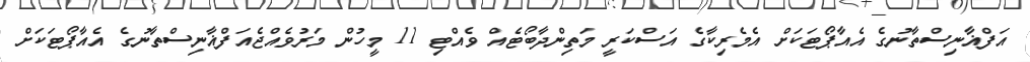
އަފްޣާނިސްތާނުގެ އެއާޕޯޓަކަށް އެމެރިކާގެ އަސްކަރީ މަތިންދާބޯޓެއް ވެއްޓި 11 މީހުން މަރުވެއްޖެއަފްޣާނިސްތާނުގެ އެއާޕޯޓަކަށް